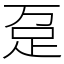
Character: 趸